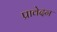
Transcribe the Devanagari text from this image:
प्रावेदन